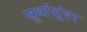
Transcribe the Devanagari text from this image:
सुधांशूंवर